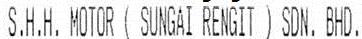
S.H.H. MOTOR (SUNGAI RENGIT) SDN. BHD.